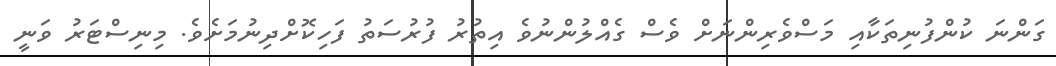
ގަންނަ ކުންފުނިތަކާއި މަސްވެރިންނަށް ވެސް ގެއްލުންނުވެ އިތުރު ފުރުސަތު ފަހިކޮށްދިނުމަށެވެ. މިނިސްޓަރު ވަނީ